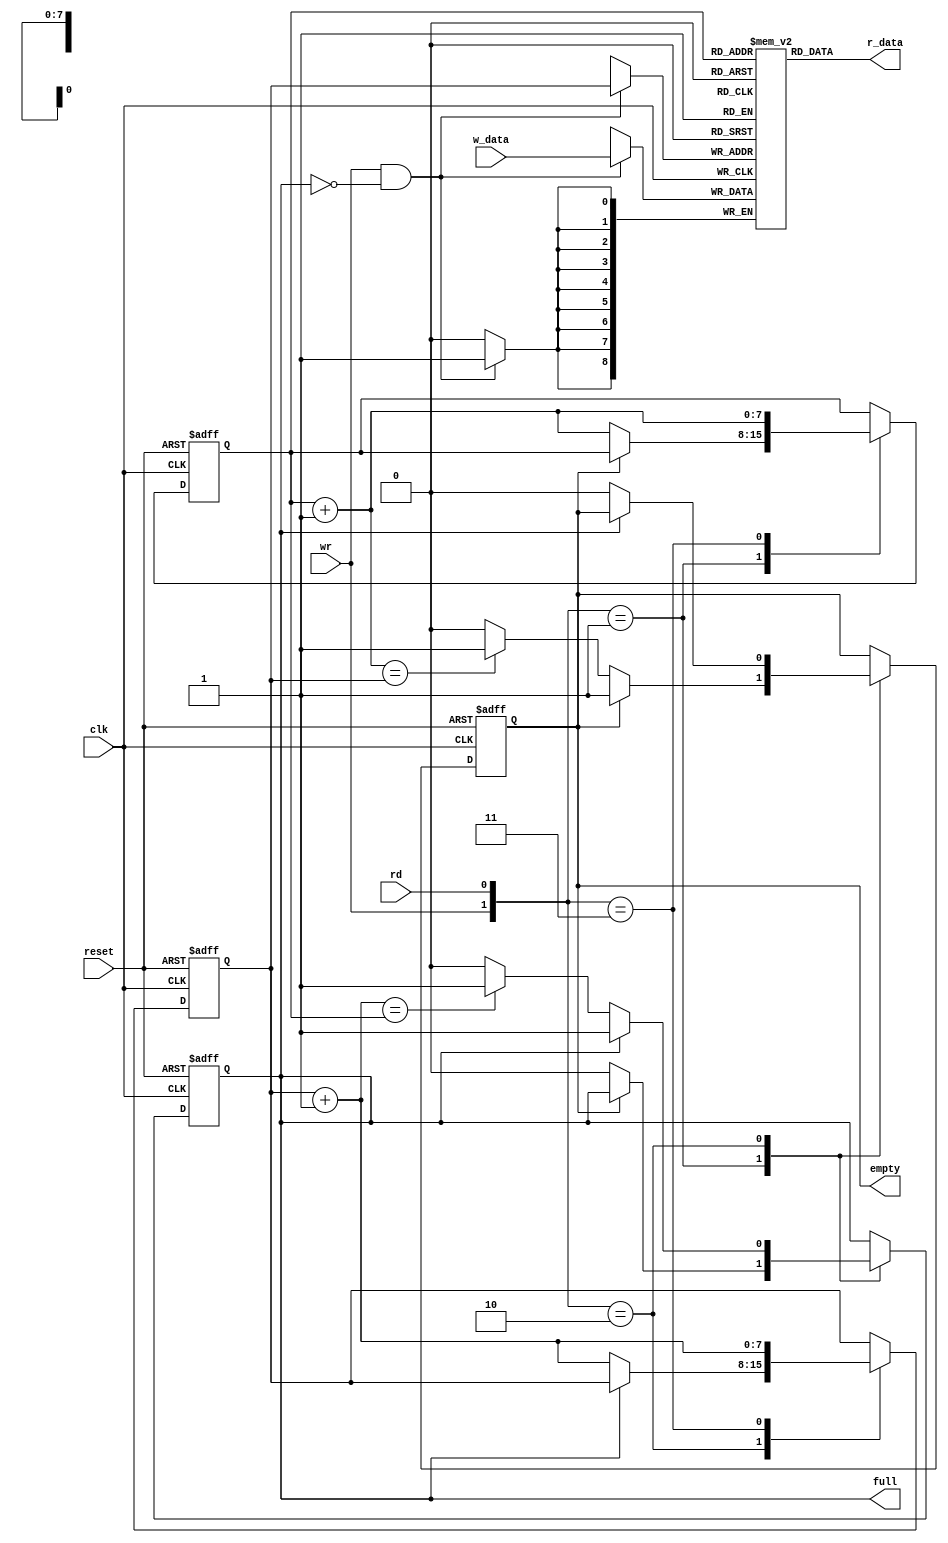
/***************************************************
* Class: EE 271
* Module: fifo
* Description: FIFO circuit
****************************************************/

module fifo
    #(
        parameter B=9, // number of bits in a word
                  W=8  // number of address bits
    )
    (
        input wire clk, reset,
        input wire rd, wr,
        input wire[B-1:0] w_data,
        output wire empty, full,
        output wire[B-1:0] r_data
    );
    //signal declaration
    reg[B-1:0] array_reg[2**W-1:0]; // register array
    reg[W-1:0] w_ptr_reg, w_ptr_next, w_ptr_succ;
    reg[W-1:0] r_ptr_reg, r_ptr_next, r_ptr_succ;
    reg full_reg, empty_reg, full_next, empty_next;

    wire wr_en;

    // body
    // register file write operation
    always @(posedge clk)
        if (wr_en)
            array_reg[w_ptr_reg] <= w_data;
    // register file read operation
    assign r_data = array_reg[r_ptr_reg];

    // write enabled only when FIFO is not full
    assign wr_en = wr & ~full_reg;

    // fifo control logic
    // register for read and write pointers
    always @(posedge clk, posedge reset)
        if (reset)
            begin
                w_ptr_reg <= 0;
                r_ptr_reg <= 0;
                full_reg <= 1'b0;
                empty_reg <= 1'b1;
            end
        else
            begin
                w_ptr_reg <= w_ptr_next;
                r_ptr_reg <= r_ptr_next;
                full_reg <= full_next;
                empty_reg <= empty_next;
            end

    // next-state logic for read and write pointers
    always @*
        begin
            // successive pointer values
            w_ptr_succ = w_ptr_reg+1;
            r_ptr_succ = r_ptr_reg+1;
            // default: keep old values
            w_ptr_next = w_ptr_reg;
            r_ptr_next = r_ptr_reg;
            full_next = full_reg;
            empty_next = empty_reg;
            case ({wr, rd})
                // 2'b00: noop
                2'b01: // read
                    if (~empty_reg) // not empty
                        begin
                            r_ptr_next = r_ptr_succ;
                            full_next = 1'b0;
                            if (r_ptr_succ == w_ptr_reg)
                                empty_next = 1'b1;
                        end
                2'b10: // write
                    if (~full_reg) // not full
                        begin
                            w_ptr_next = w_ptr_succ;
                            empty_next = 1'b0;
                            if (w_ptr_succ == r_ptr_reg)
                                full_next = 1'b1;
                        end
                2'b11: // write and read
                    begin
                        w_ptr_next = w_ptr_succ;
                        r_ptr_next = r_ptr_succ;
                    end
            endcase
        end

    // output
    assign full = full_reg;
    assign empty = empty_reg;
endmodule // fifo